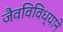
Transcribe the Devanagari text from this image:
जैवविविध्याने